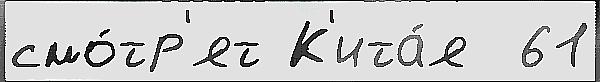
смо́тр'ят К'ита́я  61